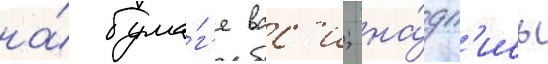
на́ бума́г'е вас'и; на́дп'ись